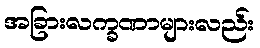
အခြားလက္ခဏာများလည်း